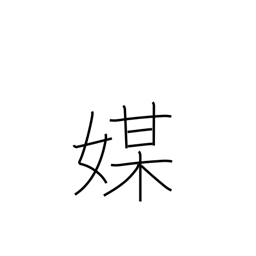
Meaning: mediator